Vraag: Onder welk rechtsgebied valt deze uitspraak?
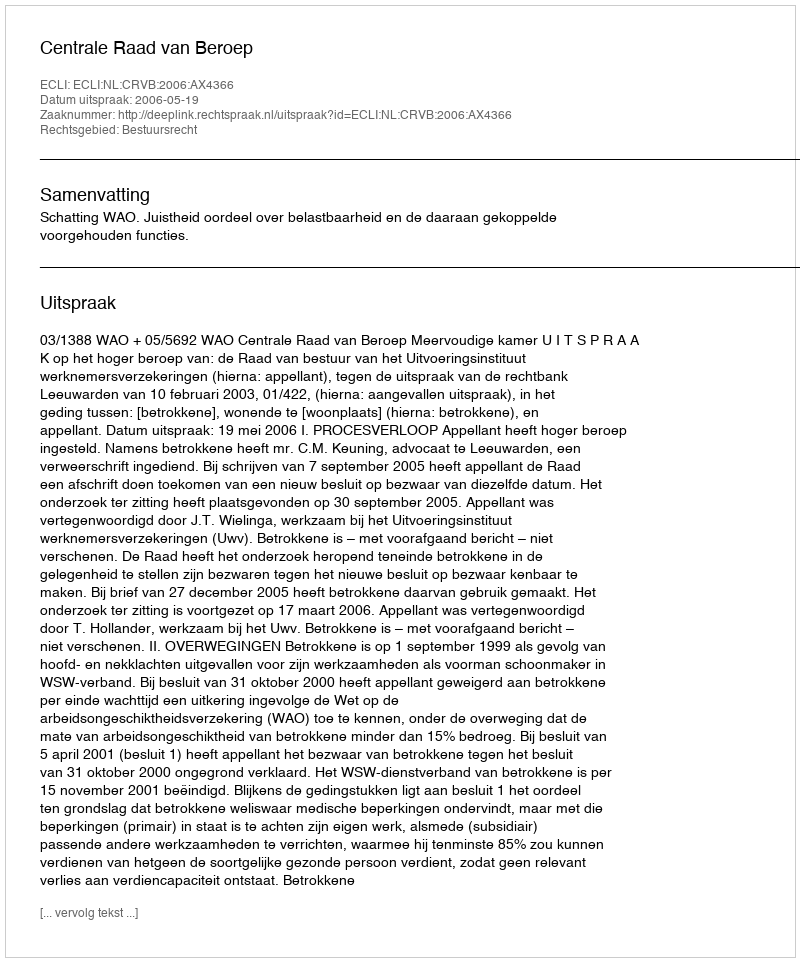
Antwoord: Bestuursrecht